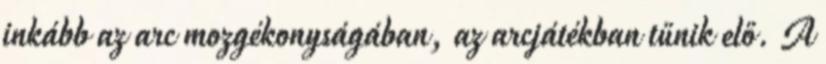
inkább az arc mozgékonyságában, az arcjátékban tűnik elő. A